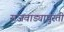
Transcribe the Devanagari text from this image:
राजवाड्यापुरती